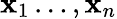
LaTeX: \mathbf{x}_{1}\ldots,\mathbf{x}_{n}